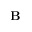
\mathbf { B }